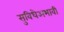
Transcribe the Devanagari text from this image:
सुविधेअभावी